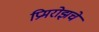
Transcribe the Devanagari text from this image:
प्रिमरोझचे